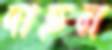
দাহন